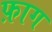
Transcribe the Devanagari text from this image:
फ़ाग